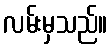
လမ်းမှသည်။